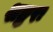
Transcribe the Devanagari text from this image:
शङ्करः